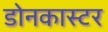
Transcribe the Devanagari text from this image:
डोनकास्टर